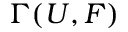
\Gamma ( U , F )